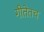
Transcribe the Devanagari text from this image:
गीतेतच